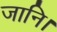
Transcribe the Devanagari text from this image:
जानि।